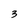
Character: 3